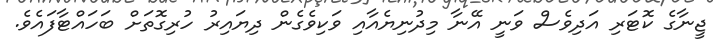
ޖީނާގެ ކޮޓަރި އަދިވެސް ވަނީ އޭނާ މިދުނިޔެއާއި ވަކިވެގެން ދިޔައިރު ހުރިގޮތަށް ބަހައްޓާފައެވެ.